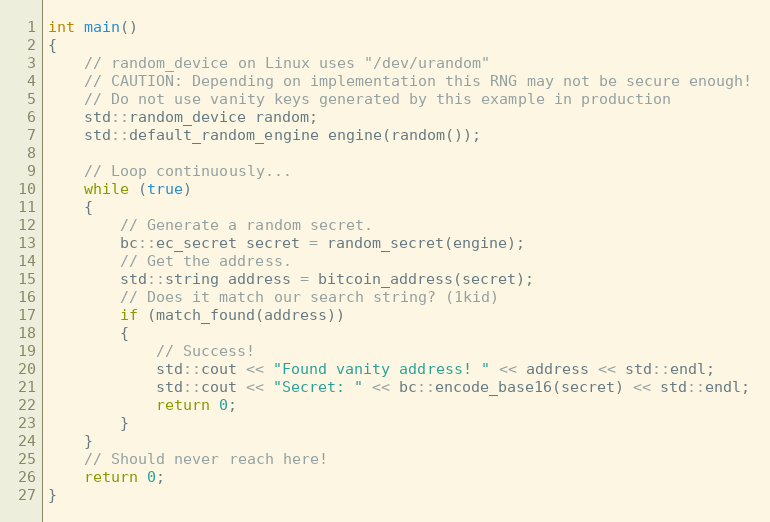
Language: C++
int main()
{
    // random_device on Linux uses "/dev/urandom"
    // CAUTION: Depending on implementation this RNG may not be secure enough!
    // Do not use vanity keys generated by this example in production
    std::random_device random;
    std::default_random_engine engine(random());

    // Loop continuously...
    while (true)
    {
        // Generate a random secret.
        bc::ec_secret secret = random_secret(engine);
        // Get the address.
        std::string address = bitcoin_address(secret);
        // Does it match our search string? (1kid)
        if (match_found(address))
        {
            // Success!
            std::cout << "Found vanity address! " << address << std::endl;
            std::cout << "Secret: " << bc::encode_base16(secret) << std::endl;
            return 0;
        }
    }
    // Should never reach here!
    return 0;
}